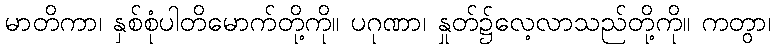
မာတိကာ၊ နှစ်စုံပါတိမောက်တို့ကို။ ပဂုဏာ၊ နှုတ်၌လေ့လာသည်တို့ကို။ ကတွာ၊